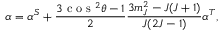
\alpha = \alpha ^ { S } + \frac { 3 \mathrm { ~ c ~ o ~ s ~ } ^ { 2 } \theta - 1 } { 2 } \frac { 3 m _ { J } ^ { 2 } - J ( J + 1 ) } { J ( 2 J - 1 ) } \alpha ^ { T } ,